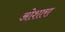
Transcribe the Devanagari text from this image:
ओशारा